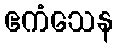
ဧကံသေန